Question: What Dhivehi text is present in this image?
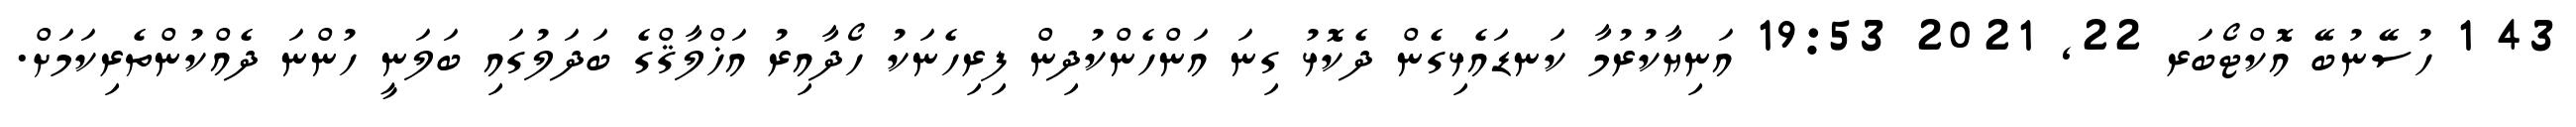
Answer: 43 1 ހުސޭނުބޭ އޮކްޓޯބަރ 22, 2021 19:53 އަނިޔާކުރުމާ ކަނޑައެޅިގެން ދެކޮޅު ގިނަ އަންހެންކުދިން ފިރިހެނަކު ހޯދާއިރު އަޚްލާޤްގެ ބަދަލުގައި ބަލަނީ ހުންނަ ދެއްކުންތެރިކަމަށް.